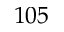
1 0 5